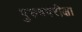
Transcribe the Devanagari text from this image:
पुरुषपरीक्षा